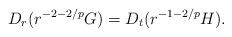
LaTeX: \begin{align*}D_r( r^{-2-2/p}G ) = D_t ( r^{-1-2/p}H ).\end{align*}